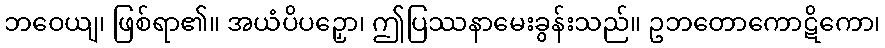
ဘဝေယျ၊ ဖြစ်ရာ၏။ အယံပိပဉှော၊ ဤပြဿနာမေးခွန်းသည်။ ဥဘတောကောဋိကော၊